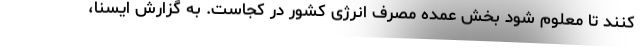
کنند تا معلوم شود بخش عمده مصرف انرژی کشور در کجاست. به گزارش ایسنا،